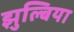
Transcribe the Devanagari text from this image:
झुल्बिया